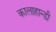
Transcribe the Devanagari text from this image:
कालाहान्डी